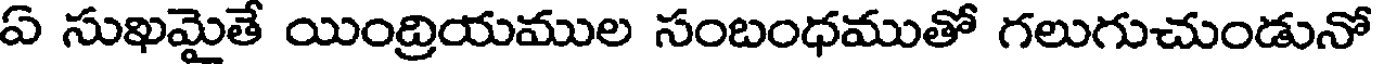
ఏ సుఖమైతే యింద్రియముల సంబంధముతో గలుగుచుండునో